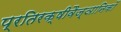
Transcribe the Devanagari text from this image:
प्रतिरक्षीवैज्ञानिकों